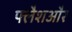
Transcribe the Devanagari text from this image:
फ्लैशऔर